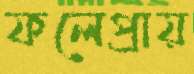
ফলেপ্রায়